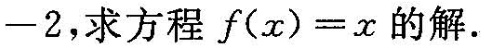
-2，求方程$$f ( x ) = x$$的解.